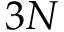
3 N